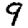
Digit: 9